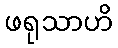
ဖရုသာဟိ